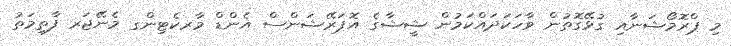
މި ޕްރޮމޯޝަނާއި ގުޅޭގޮތުން ވާހަކަދައްކަމުން ޝީޝާގެ އޮޕަރޭޝަންސް އެންޑް މާރކެޓިންގ މެނޭޖަރ ފާތިމަތު